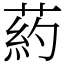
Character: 葯